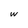
Character: w